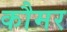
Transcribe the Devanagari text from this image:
कौमर